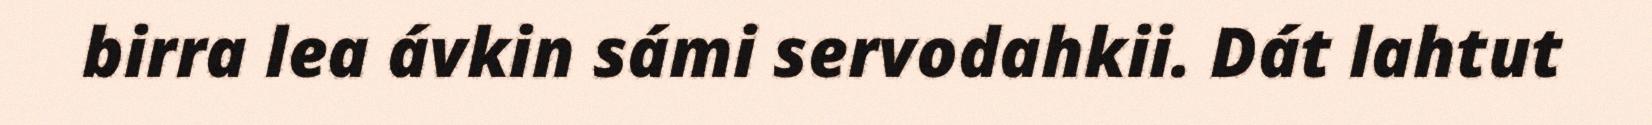
birra lea ávkin sámi servodahkii. Dát lahtut